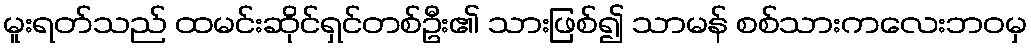
မူးရတ်သည် ထမင်းဆိုင်ရှင်တစ်ဦး၏ သားဖြစ်၍ သာမန် စစ်သားကလေးဘဝမှ